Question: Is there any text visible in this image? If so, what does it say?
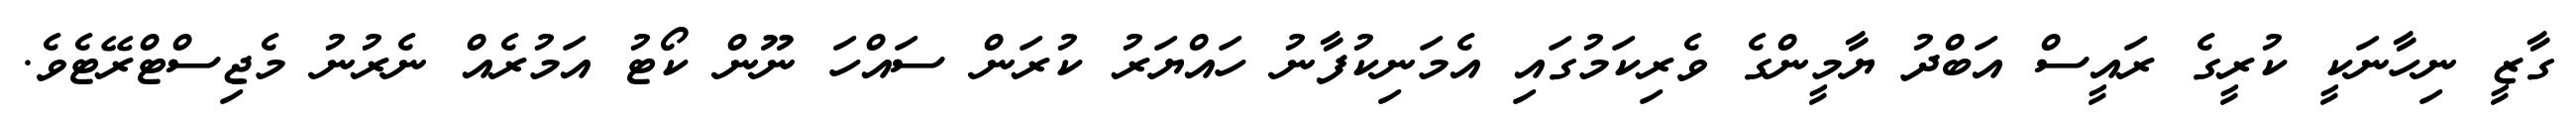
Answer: ގާޒީ ނިހާނަކީ ކުރީގެ ރައީސް އަބްދު ޔާމީންގެ ވެރިކަމުގައި އެމަނިކުފާނު ހައްޔަރު ކުރަން ސައްހަ ނޫން ކޯޓު އަމުރެއް ނެރުނު މެޖިސްޓްރޭޓެވެ.